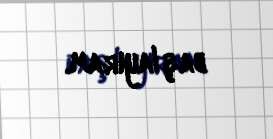
başlayıram.